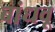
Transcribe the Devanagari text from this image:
बांधवू